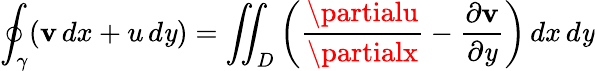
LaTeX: \oint_{\gamma}(\mathbf{v}\, dx+u\, d\mathit{y})=\iint_{D}\left({\frac{{\partialu}}{{\partialx}}}-{\frac{{\partial\mathbf{v}}}{{\partial\mathit{y}}}}\right)\, dx\, d\mathit{y}